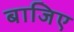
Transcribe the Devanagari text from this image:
बाजिए